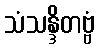
သံသန္ဒိတဗ္ဗံ